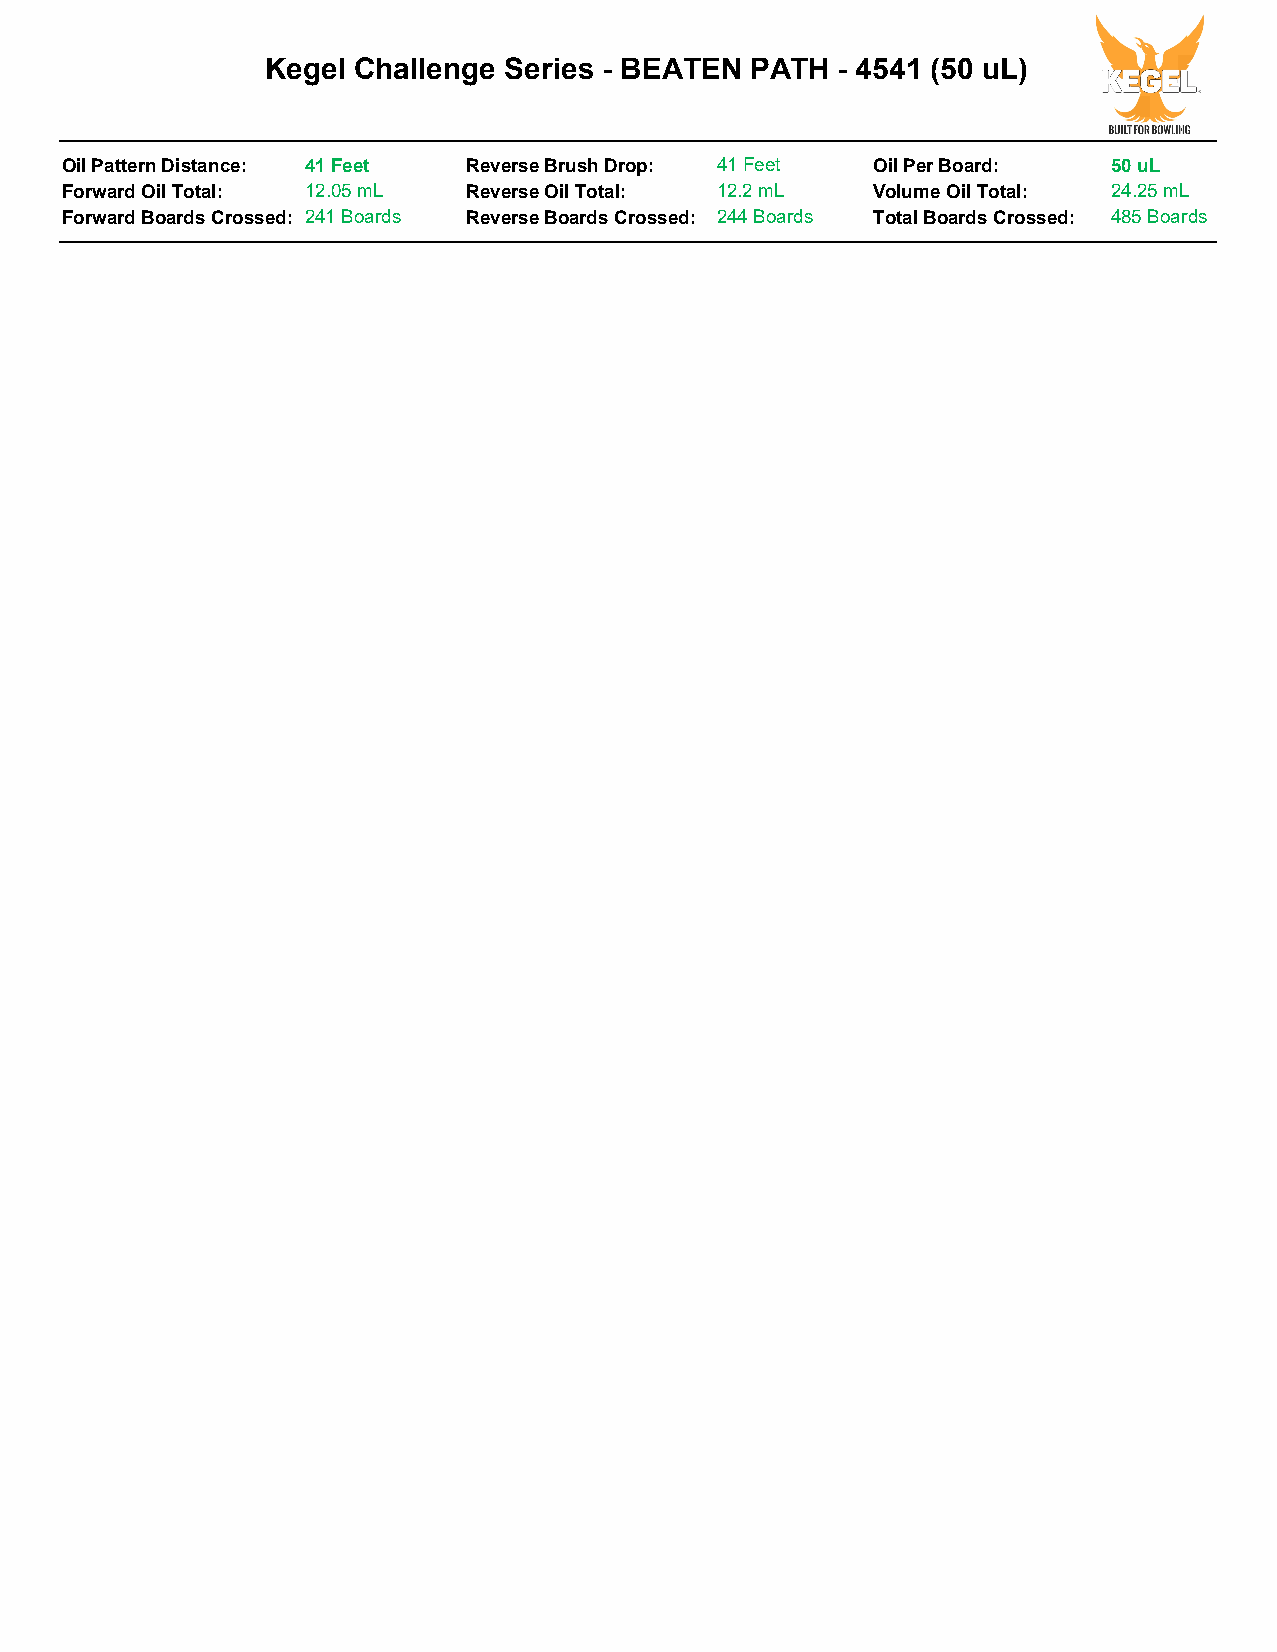
Kegel Challenge Series - BEATEN PATH - 4541 (50 uL)
 Oil Pattern Distance: 41 Feet Reverse Brush Drop: 41 Feet Oil Per Board: 50 uL
 Forward Oil Total: 12.05 mL Reverse Oil Total: 12.2 mL Volume Oil Total: 24.25 mL
 Forward Boards Crossed: 241 Boards Reverse Boards Crossed: 244 Boards Total Boards Crossed: 485 Boards